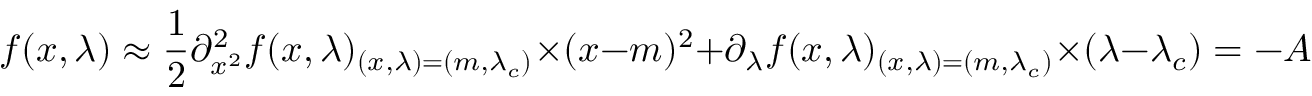
f ( x , \lambda ) \approx \frac { 1 } { 2 } \partial _ { x ^ { 2 } } ^ { 2 } f ( x , \lambda ) _ { ( x , \lambda ) = ( m , \lambda _ { c } ) } \times ( x - m ) ^ { 2 } + \partial _ { \lambda } f ( x , \lambda ) _ { ( x , \lambda ) = ( m , \lambda _ { c } ) } \times ( \lambda - \lambda _ { c } ) = - A ( x - m ) ^ { 2 } - \tilde { \lambda } ,